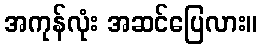
အကုန်လုံး အဆင်ပြေလား။